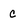
Character: c